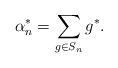
LaTeX: \begin{align*} {\alpha^*_{n}}=\sum_{g\in S_{n}} g^*.\end{align*}